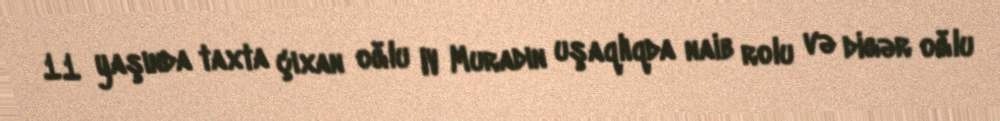
11 yaşında taxta çıxan oğlu IV Muradın uşaqlıqda naib rolu və digər oğlu